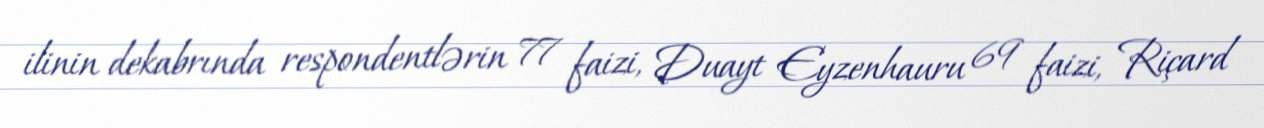
ilinin dekabrında respondentlərin 77 faizi, Duayt Eyzenhauru 69 faizi, Riçard